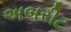
અબરીટ